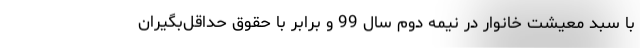
با سبد معیشت خانوار در نیمه دوم سال 99 و برابر با حقوق حداقل‌بگیران